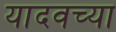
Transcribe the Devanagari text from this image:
यादवच्या